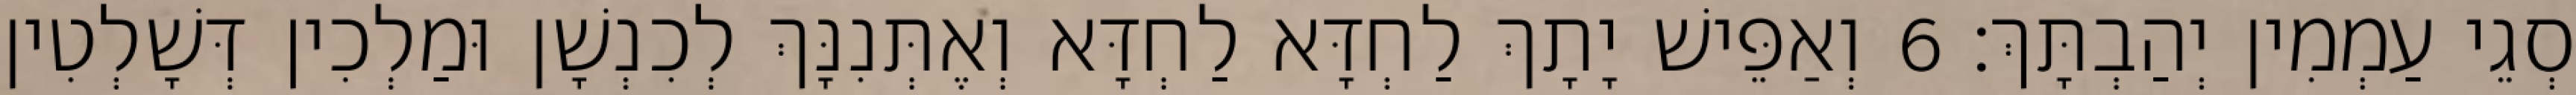
סְגֵי עַמְמִין יְהַבְתָּךְ׃ 6 וְאַפֵּישׁ יָתָךְ לַחְדָּא לַחְדָּא וְאֶתְּנִנָּךְ לְכִנְשָׁן וּמַלְכִין דְּשָׁלְטִין